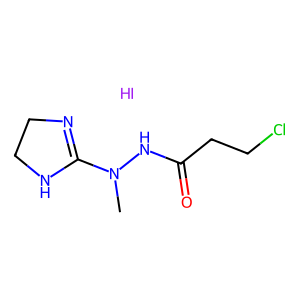
SMILES: CN(NC(=O)CCCl)C1=NCCN1.I
Inhibits HIV replication: No